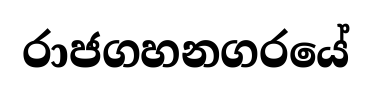
රාජගහනගරයේ